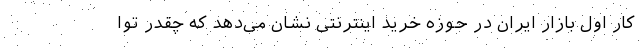
کار اول بازار ایران در حوزه خرید اینترنتی نشان می‌دهد که چقدر توا